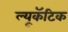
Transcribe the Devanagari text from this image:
ल्यूकॅटिक